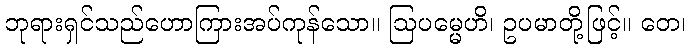
ဘုရားရှင်သည်ဟောကြားအပ်ကုန်သော။ ဩပမ္မေဟိ၊ ဥပမာတို့ဖြင့်။ တေ၊